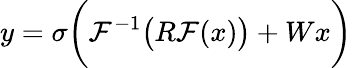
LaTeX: y=\sigma\bigg(\mathcal{F}^{-1}\big(R\mathcal{F}(x)\big)+Wx\bigg)